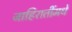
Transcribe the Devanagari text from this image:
जाहिरातींमधे